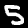
Label: 5